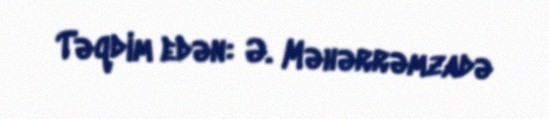
Təqdim edən: Ə. Məhərrəmzadə